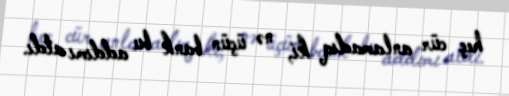
heç cür anlamadıq ki, nə üçün bank bu addımı atdı.